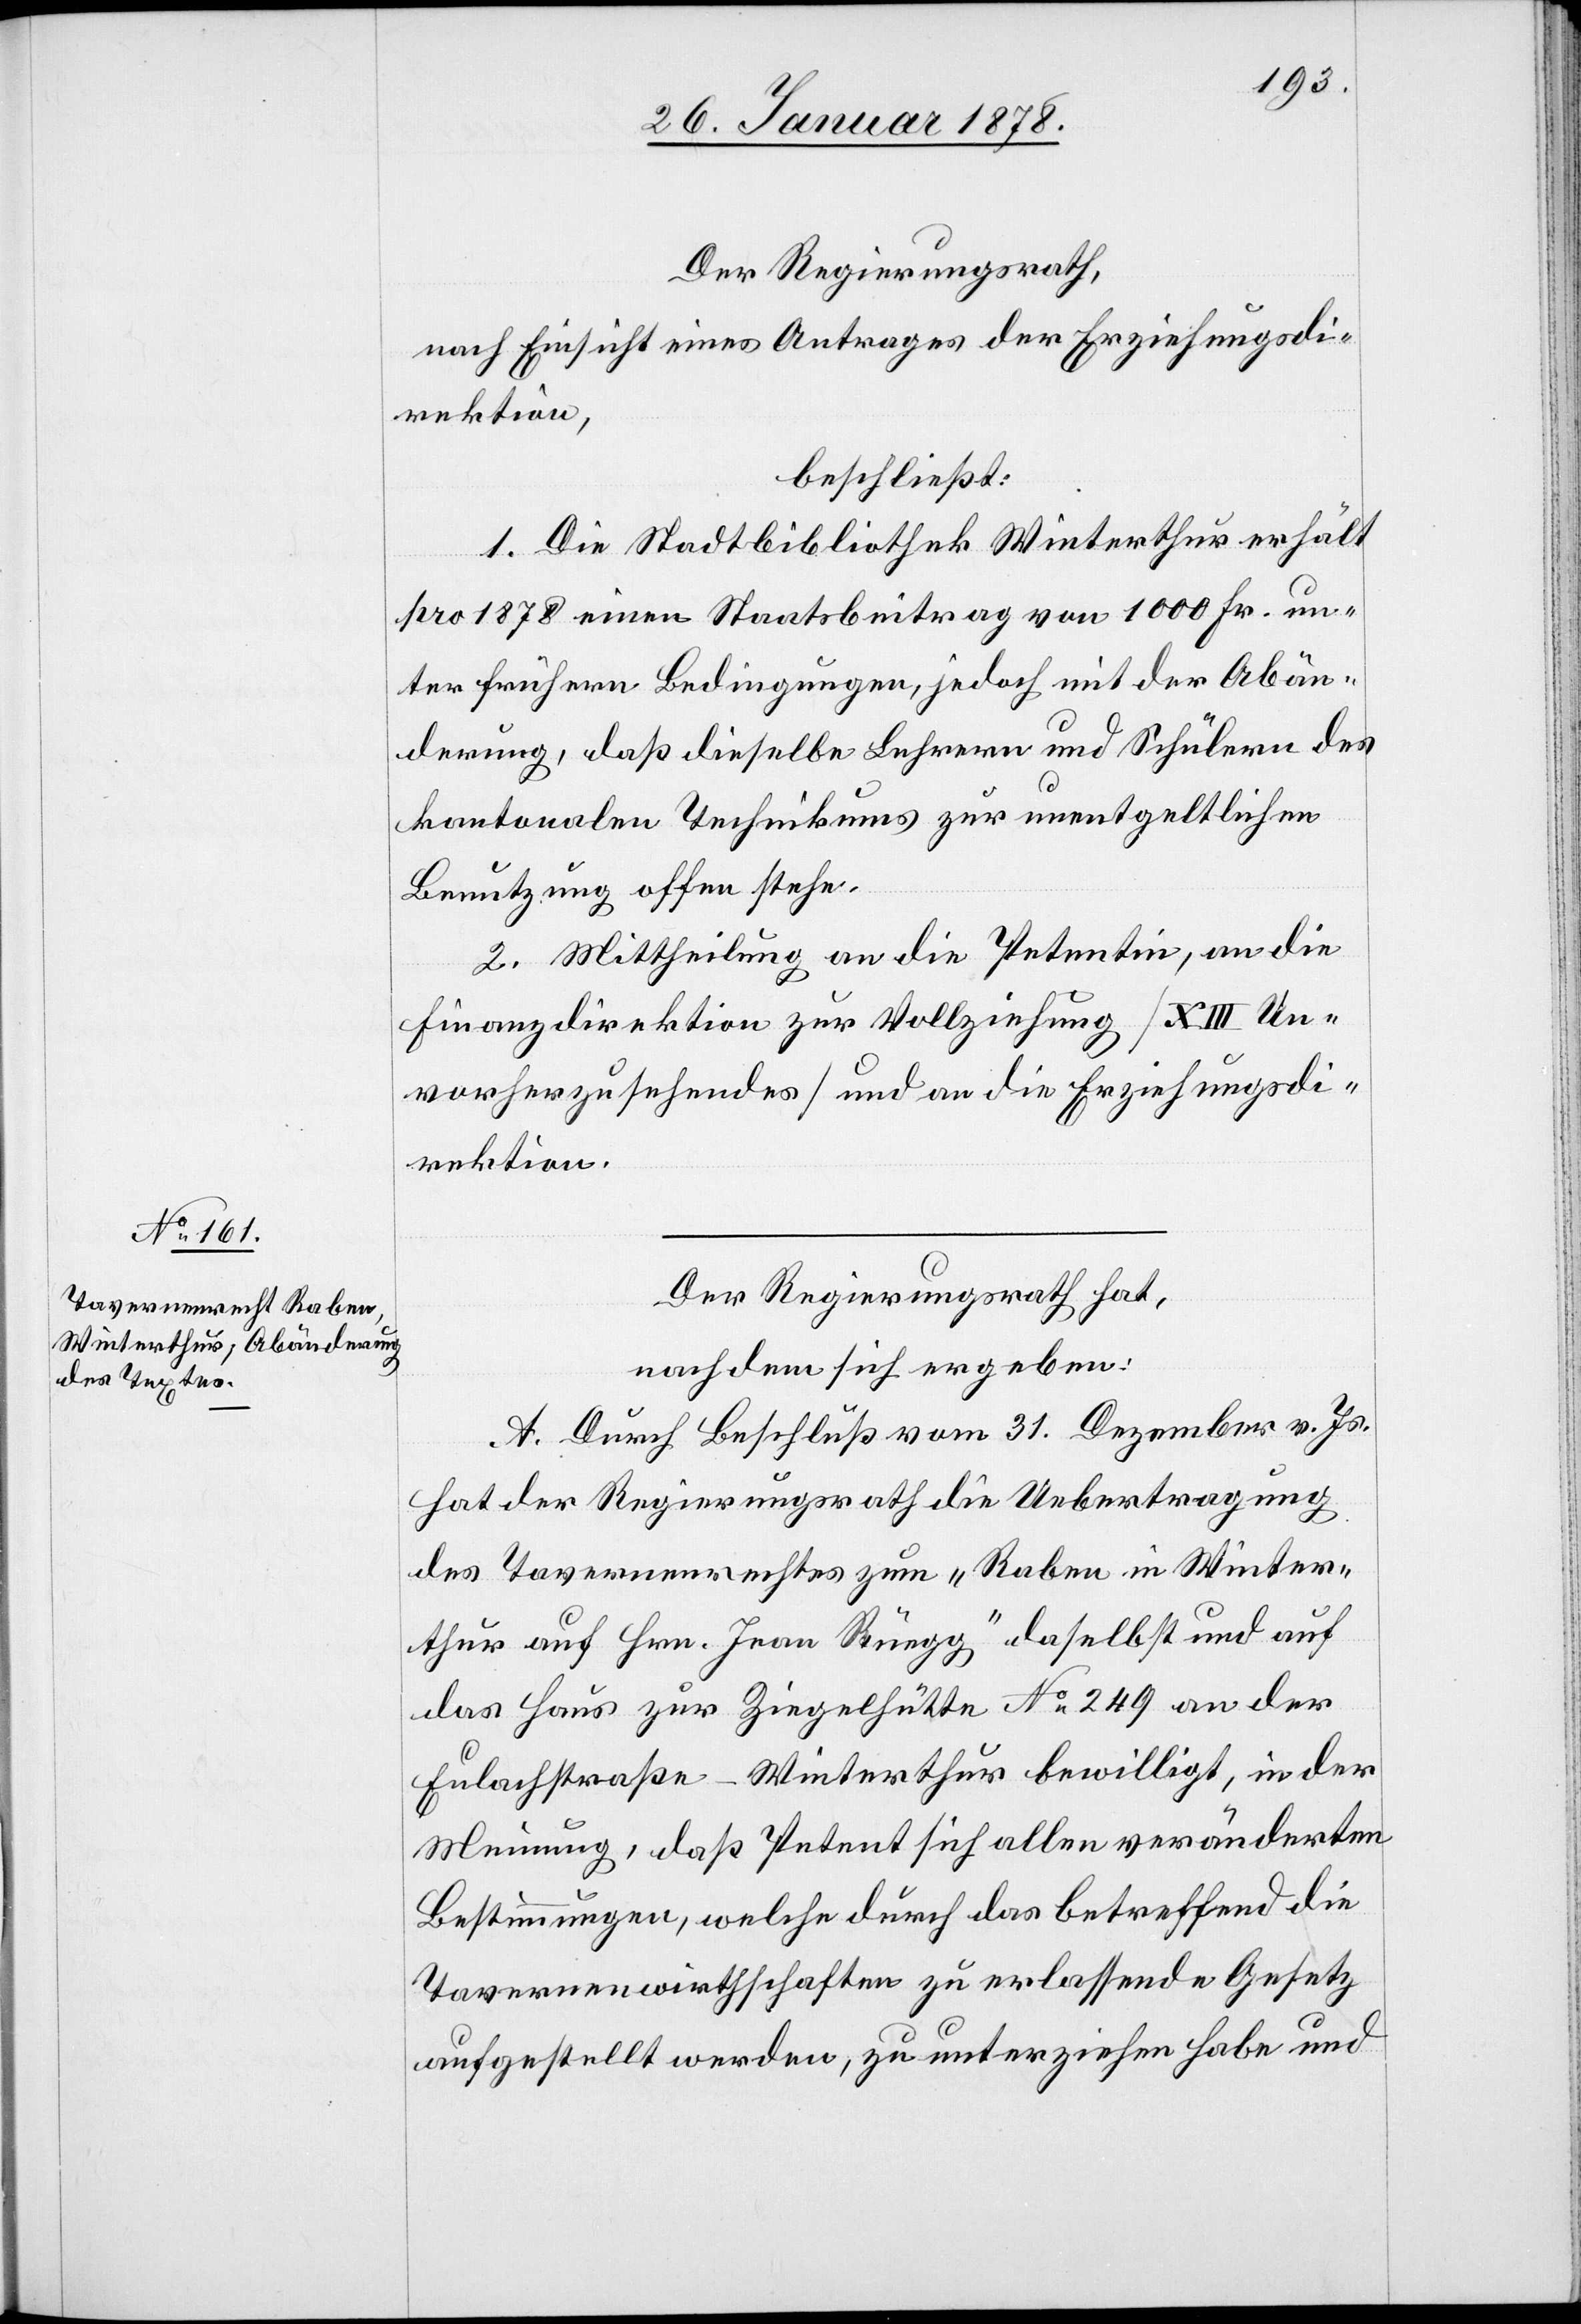
Der Regierungsrath,
nach Einsicht eines Antrages der Erziehungsdi¬
rektion,
beschließt:
1. Die Stadtbibliothek Winterthur erhält
pro 1878 einen Staatsbeitrag von 1000 Fr. un¬
ter früheren Bedingungen, jedoch mit der Abän¬
derung, daß dieselbe Lehrern und Schülern des
kantonalen Technikums zur unentgeltlichen
Benutzung offen stehe.
2. Mittheilung an die Petentin, an die
Finanzdirektion zur Vollziehung (XIII Un¬
vorherzusehendes) und an die Erziehungsdi¬
rektion.
Der Regierungsrath hat,
nachdem sich ergeben:
A. Durch Beschluß vom 31. Dezember v. Js.
hat der Regierungsrath die Uebertragung
des Tavernenrechtes zum „Raben in Winter¬
thur auf Hrn. Jean Rüegg“ daselbst und auf
das Haus zur Ziegelhütte No 249 an der
Eulachstraße - Winterthur bewilligt, in der
Meinung, daß Petent sich allen veränderten
Bestimmungen, welche durch das betreffend die
Tavernenwirthschaften zu erlassende Gesetz
aufgestellt werden zu unterziehen habe und